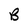
Character: B